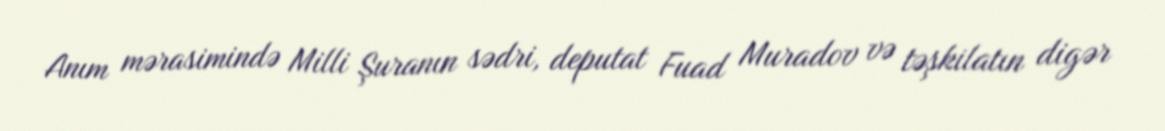
Anım mərasimində Milli Şuranın sədri, deputat Fuad Muradov və təşkilatın digər